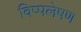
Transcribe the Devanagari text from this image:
विष्पलेषण